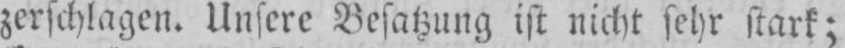
zerschlagen. Unsere Besatzung ist nicht sehr stark;